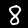
Label: 8